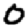
Digit: 0